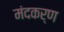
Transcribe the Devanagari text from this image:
मंदकर्ण